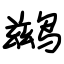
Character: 鹚